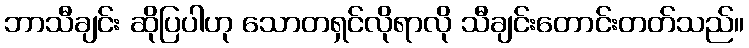
ဘာသီချင်း ဆိုပြပါဟု သောတရှင်လိုရာလို သီချင်းတောင်းတတ်သည်။